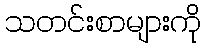
သတင်းစာများကို